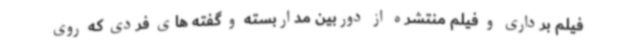
فیلم برداری و فیلم منتشره از دوربین مداربسته و گفته های فردی که روی